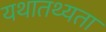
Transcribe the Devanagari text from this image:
यथातथ्‍यता